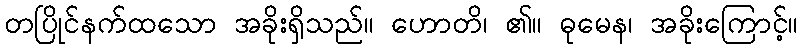
တပြိုင်နက်ထသော အခိုးရှိသည်။ ဟောတိ၊ ၏။ ဓုမေန၊ အခိုးကြောင့်။